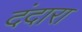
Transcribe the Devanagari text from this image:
दंदारा